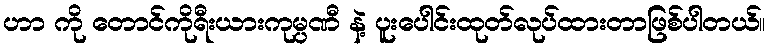
ဟာ ကို တောင်ကိုရီးယားကုမ္ပဏီ နဲ့ ပူးပေါင်းထုတ်လုပ်ထားတာဖြစ်ပါတယ်။